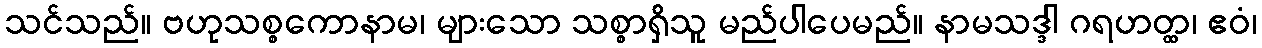
သင်သည်။ ဗဟုသစ္စကောနာမ၊ များသော သစ္စာရှိသူ မည်ပါပေမည်။ နာမသဒ္ဒါ ဂရဟတ္ထ၊ ဧဝံ၊